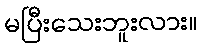
မပြီးသေးဘူးလား။